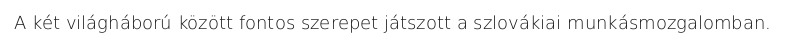
A két világháború között fontos szerepet játszott a szlovákiai munkásmozgalomban.